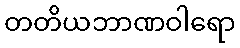
တတိယဘာဏဝါရော